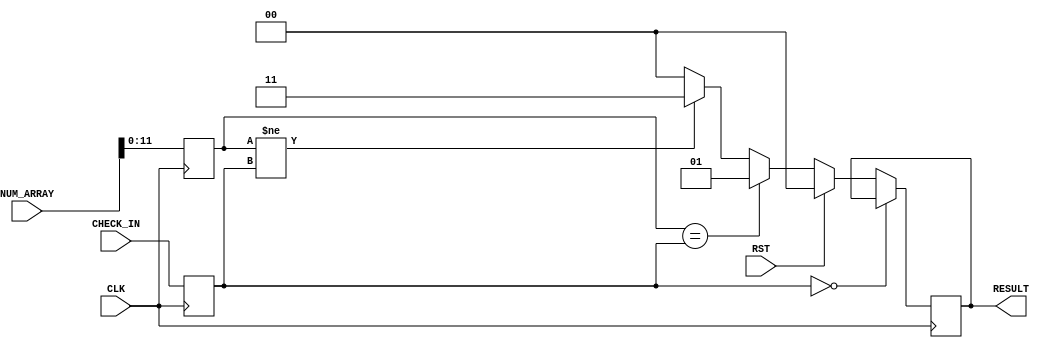
module CHECK(
input CLK,RST,
input [11:0] CHECK_IN,
input [25:0] NUM_ARRAY,
output reg [1:0] RESULT//LED
);

reg [11:0] answer;  //
reg [11:0] answer_check; //1P

always@(posedge CLK)begin
  answer <= NUM_ARRAY[11:0];//

  answer_check <= CHECK_IN;
end


always @(posedge CLK)begin
  if(answer_check == 12'b0) begin
    RESULT <= RESULT;
  end
  else if(RST)
    RESULT <= 2'b00;
  else if(answer == answer_check)
    RESULT <= 2'b01;
  else if(answer != answer_check)
    RESULT <= 2'b11;    
  else
    RESULT <= 2'b00;  
end


endmodule